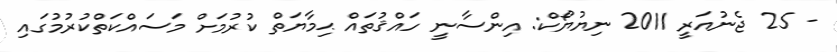
- 25 ޖެނުއަރީ 2011 ނިޔުޔޯކް: އިންސާނީ ހައްޤުތައް ޙިމާޔަތް ކުރުމަށް މަސައްކަތްކުރުމުގައި